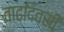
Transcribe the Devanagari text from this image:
वाढदिवसी